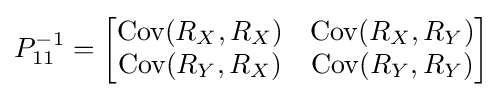
P_{11}^{-1}={\begin{bmatrix}\operatorname {Cov} (R_{X},R_{X})&\operatorname {Cov} (R_{X},R_{Y})\\\operatorname {Cov} (R_{Y},R_{X})&\operatorname {Cov} (R_{Y},R_{Y})\\\end{bmatrix}}